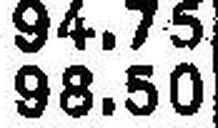
98.50